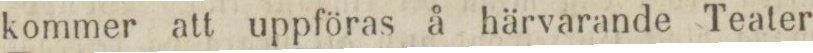
kommer att uppföras å härvarande Teater